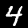
Digit: 4